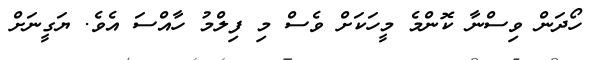
ހޯދަން ވިސްނާ ކޮންމެ މީހަކަށް ވެސް މި ފިލްމު ހާއްސަ އެވެ. ޔަގީނަށް